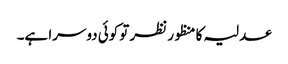
عدلیہ کا منظور نظر تو کوئی دوسرا ہے۔